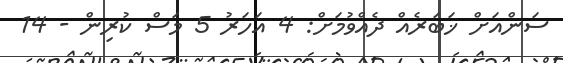
ސަންއަށް ޚަބަރެއް ދެއްވުމަށް: 4 އަހަރު 5 މަސް ކުރިން - 14